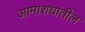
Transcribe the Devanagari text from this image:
आमाशयांतील